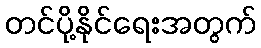
တင်ပို့နိုင်ရေးအတွက်